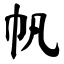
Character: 帆